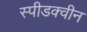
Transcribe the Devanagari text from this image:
स्पीडक्वीन